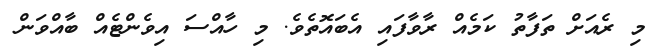
މި ރެއަށް ތަފާތު ކަމެއް ރާވާފައި އެބައޮތެވެ. މި ހާއްސަ އިވެންޓެއް ބާއްވަން